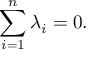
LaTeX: \sum _ { i = 1 } ^ { n } \lambda _ { i } = 0 .